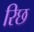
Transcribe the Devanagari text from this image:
रिछ